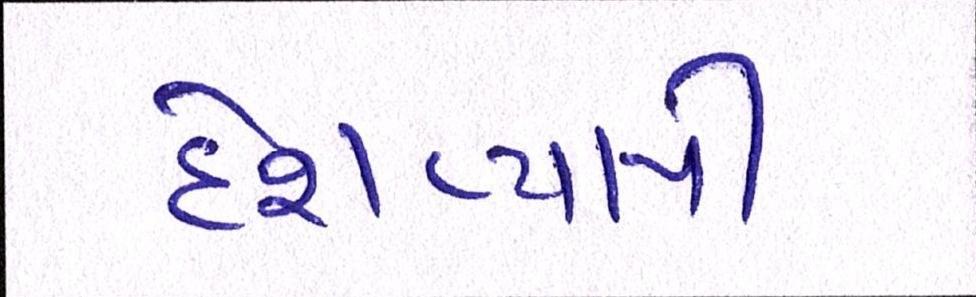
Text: દેશવ્યાપી